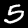
Digit: 5